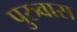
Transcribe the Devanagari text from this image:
पुरुवास